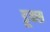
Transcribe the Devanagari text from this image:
डूक्स